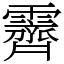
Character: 霽